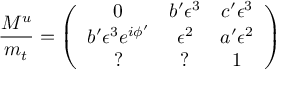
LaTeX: \frac { M ^ { u } } { m _ { t } } = \left( \begin{array} { c c c } { { 0 } } & { { b ^ { \prime } \epsilon ^ { 3 } } } & { { c ^ { \prime } \epsilon ^ { 3 } } } \\ { { b ^ { \prime } \epsilon ^ { 3 } e ^ { i \phi ^ { \prime } } } } & { { \epsilon ^ { 2 } } } & { { a ^ { \prime } \epsilon ^ { 2 } } } \\ { { ? } } & { { ? } } & { { 1 } } \end{array} \right)